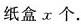
纸盒x个。